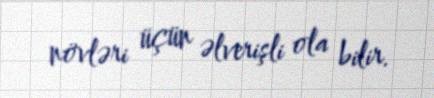
növləri üçün əlverişli ola bilir.